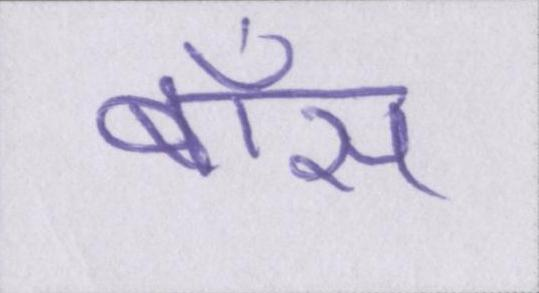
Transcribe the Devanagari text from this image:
बॉस